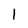
Character: I